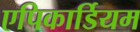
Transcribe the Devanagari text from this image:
एपिकार्डियम